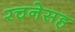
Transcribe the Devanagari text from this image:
रचनेसह